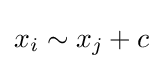
x_{i}\sim x_{j}+c